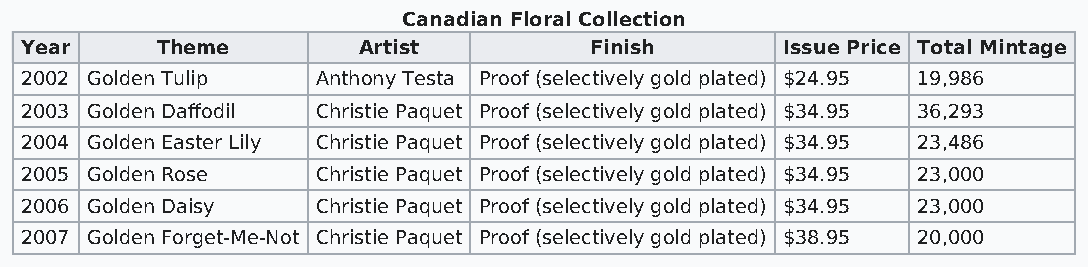
Canadian Floral Collection
 Year     Theme         Artist         Finish       Issue Price Total Mintage
 2002 Golden Tulip   Anthony Testa Proof (selectively gold plated) $24.95 19,986
 2003 Golden Daffodil Christie Paquet Proof (selectively gold plated) $34.95 36,293
 2004 Golden Easter Lily Christie Paquet Proof (selectively gold plated) $34.95 23,486
 2005 Golden Rose    Christie Paquet Proof (selectively gold plated) $34.95 23,000
 2006 Golden Daisy   Christie Paquet Proof (selectively gold plated) $34.95 23,000
 2007 Golden Forget-Me-Not Christie Paquet Proof (selectively gold plated) $38.95 20,000